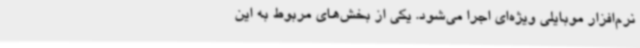
نرم‌افزار موبایلی ویژه‌ای اجرا می‌شود. یکی از بخش‌های مربوط به این